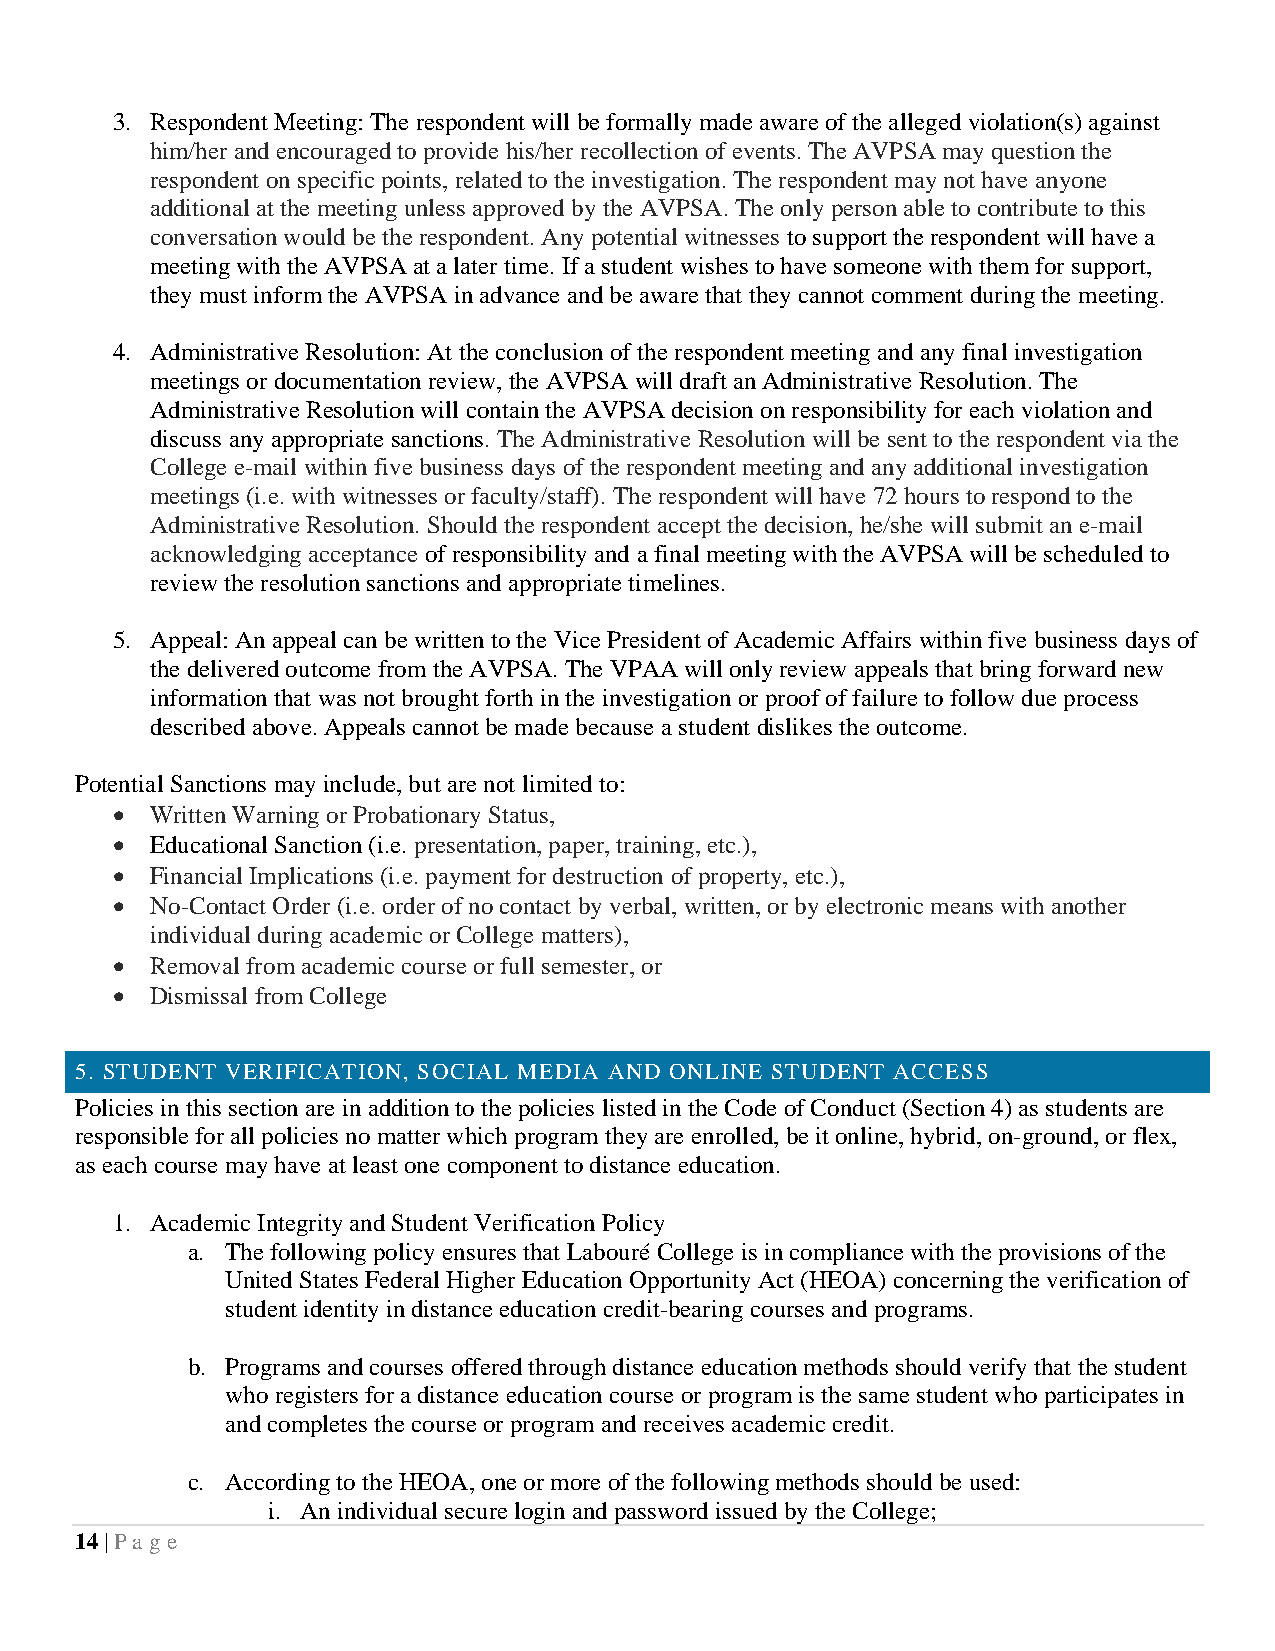
3. Respondent Meeting: The respondent will be formally made aware of the alleged violation(s) against
 him/her and encouraged to provide his/her recollection of events. The AVPSA may question the
 respondent on specific points, related to the investigation. The respondent may not have anyone
 additional at the meeting unless approved by the AVPSA. The only person able to contribute to this
 conversation would be the respondent. Any potential witnesses to support the respondent will have a
 meeting with the AVPSA at a later time. If a student wishes to have someone with them for support,
 they must inform the AVPSA in advance and be aware that they cannot comment during the meeting.
 4. Administrative Resolution: At the conclusion of the respondent meeting and any final investigation
 meetings or documentation review, the AVPSA will draft an Administrative Resolution. The
 Administrative Resolution will contain the AVPSA decision on responsibility for each violation and
 discuss any appropriate sanctions. The Administrative Resolution will be sent to the respondent via the
 College e-mail within five business days of the respondent meeting and any additional investigation
 meetings (i.e. with witnesses or faculty/staff). The respondent will have 72 hours to respond to the
 Administrative Resolution. Should the respondent accept the decision, he/she will submit an e-mail
 acknowledging acceptance of responsibility and a final meeting with the AVPSA will be scheduled to
 review the resolution sanctions and appropriate timelines.
 5. Appeal: An appeal can be written to the Vice President of Academic Affairs within five business days of
 the delivered outcome from the AVPSA. The VPAA will only review appeals that bring forward new
 information that was not brought forth in the investigation or proof of failure to follow due process
 described above. Appeals cannot be made because a student dislikes the outcome.
 Potential Sanctions may include, but are not limited to:
 •  Written Warning or Probationary Status,
 •  Educational Sanction (i.e. presentation, paper, training, etc.),
 •  Financial Implications (i.e. payment for destruction of property, etc.),
 •  No-Contact Order (i.e. order of no contact by verbal, written, or by electronic means with another
 individual during academic or College matters),
 •  Removal from academic course or full semester, or
 •  Dismissal from College
 5. STUDENT VERIFICATION, SOCIAL MEDIA AND ONLINE STUDENT ACCESS
 Policies in this section are in addition to the policies listed in the Code of Conduct (Section 4) as students are
 responsible for all policies no matter which program they are enrolled, be it online, hybrid, on-ground, or flex,
 as each course may have at least one component to distance education.
 1. Academic Integrity and Student Verification Policy
 a. The following policy ensures that Labouré College is in compliance with the provisions of the
 United States Federal Higher Education Opportunity Act (HEOA) concerning the verification of
 student identity in distance education credit-bearing courses and programs.
 b. Programs and courses offered through distance education methods should verify that the student
 who registers for a distance education course or program is the same student who participates in
 and completes the course or program and receives academic credit.
 c. According to the HEOA, one or more of the following methods should be used:
 i. An individual secure login and password issued by the College;
 14 | Pa ge